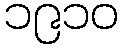
၁၉၁၀